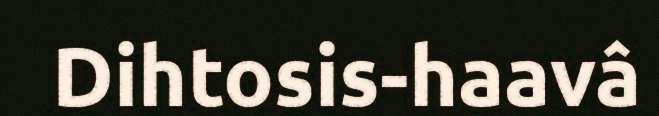
Dihtosis-haavâ